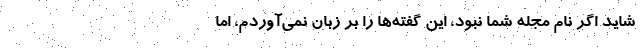
شايد اگر نام مجله شما نبود، اين گفته‌ها را بر زبان نمي‌آوردم، اما